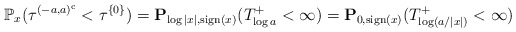
\begin{align*}\mathbb{P}_x(\tau^{(-a,a)^{{\rm c}}}<\tau^{\{0\}}) = \mathbf{P}_{\log|x|, {\rm sign}(x)}(T^+_{\log a}<\infty) = \mathbf{P}_{0, {\rm sign}(x)}(T^+_{\log (a/|x|)}<\infty)\end{align*}